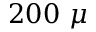
2 0 0 ~ \mu